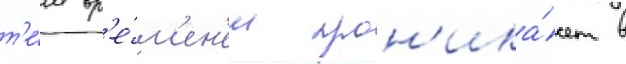
т'е́м вр'е́м'ен'ем прон'ика́ет в